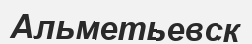
Альметьевск